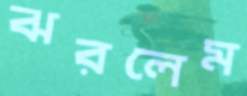
ঝরলেম